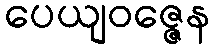
ပေယျဝဇ္ဇေန